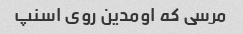
مرسی که اومدین روی اسنپ